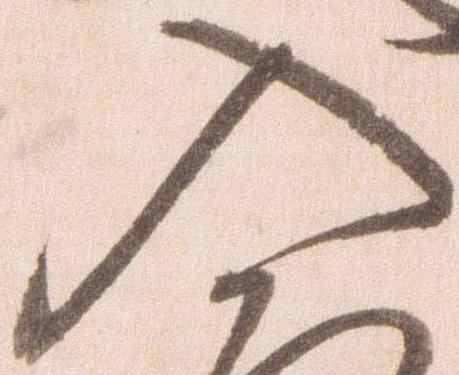
入